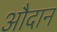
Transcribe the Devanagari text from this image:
औदान